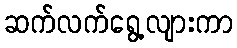
ဆက်လက်ရွေ့လျားကာ